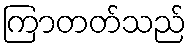
ကြာတတ်သည်